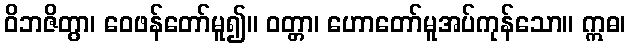
ဝိဘဇိတွာ၊ ဝေဖန်တော်မူ၍။ ဝတ္တာ၊ ဟောတော်မူအပ်ကုန်သော။ ဣဓ၊